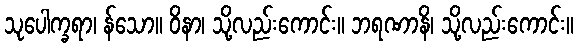
သုပေါက္ခရာ၊ န်သော။ ဝိနာ၊ သို့လည်းကောင်း။ ဘရဏာနိ၊ သို့လည်းကောင်း။